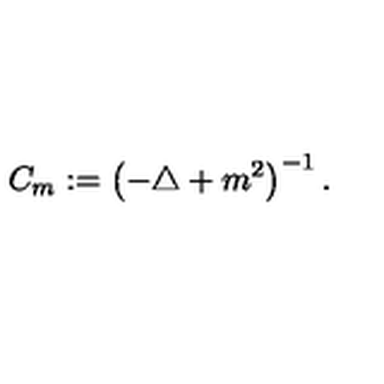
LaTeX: C _ { m } : = \left( - \triangle + m ^ { 2 } \right) ^ { - 1 } .